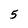
Character: 5